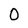
Character: 0